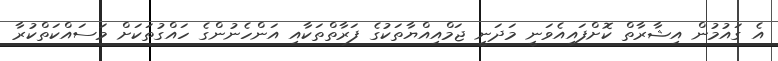
އެ ގައުމުން އިޝާރާތް ކޮށްފައިއެވަނީ މަދަނީ ޖަމްއިއްޔާތަކުގެ ފަރާތްތަކާއި އަންހެނުންގެ ހައްގުތަކަށް މަސައްކަތްކުރާ